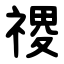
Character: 禝